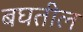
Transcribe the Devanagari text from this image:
बघतील